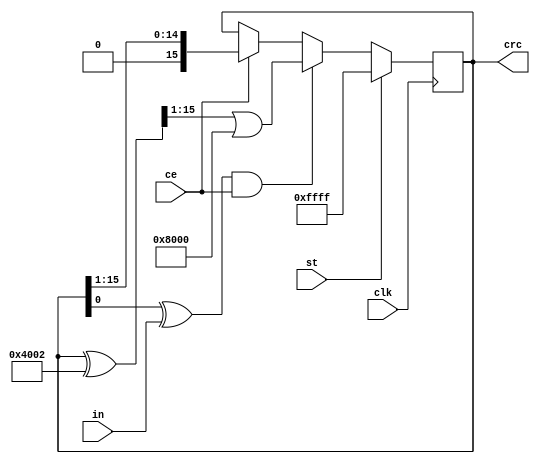
`timescale 1ns / 1ps


module CRC_BL( input ce, output reg [15:0] crc,
					input clk,
					input st,
					input in);

wire xbit = crc[0] ^ in ;

always @ (posedge clk) begin
	crc<= st? 16'hffff : (xbit & ce)? (((crc^16'h4002)>>1) | 1<<15): ce? (crc>>1) : crc ;
end

endmodule